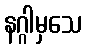
နဂ္ဂါမှသေ